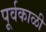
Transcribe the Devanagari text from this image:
पूर्वकाळी